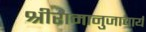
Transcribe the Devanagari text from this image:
श्रीरामानुजाचार्य